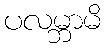
ပလမ္ဘာမိ